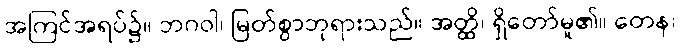
အကြင်အရပ်၌။ ဘဂဝါ၊ မြတ်စွာဘုရားသည်။ အတ္ထိ၊ ရှိတော်မူ၏။ တေန၊